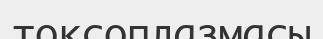
токсоплазмасы